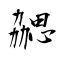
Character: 勰